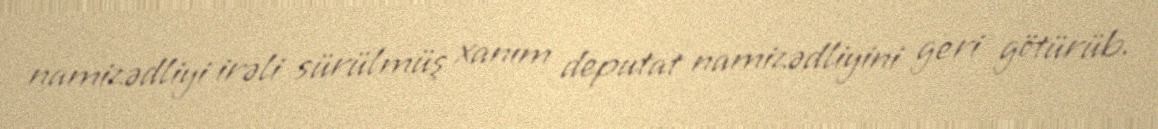
namizədliyi irəli sürülmüş xanım deputat namizədliyini geri götürüb.